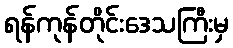
ရန်ကုန်တိုင်းဒေသကြီးမှ